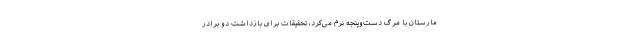
مارستان با مرگ دست‌وپنجه نرم می‌کرد، تحقیقات برای بازداشت دو برادر